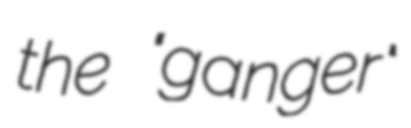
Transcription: the "ganger"